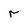
Character: r